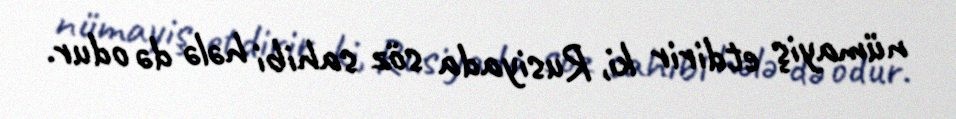
nümayiş etdirir ki, Rusiyada söz sahibi hələ də odur.